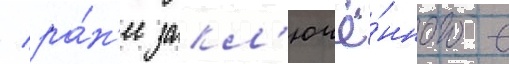
/ ра́н'ее закл'ючё́нного с